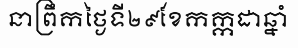
នាព្រឹកថ្ងៃទី២៩ខែកក្កដាឆ្នាំ